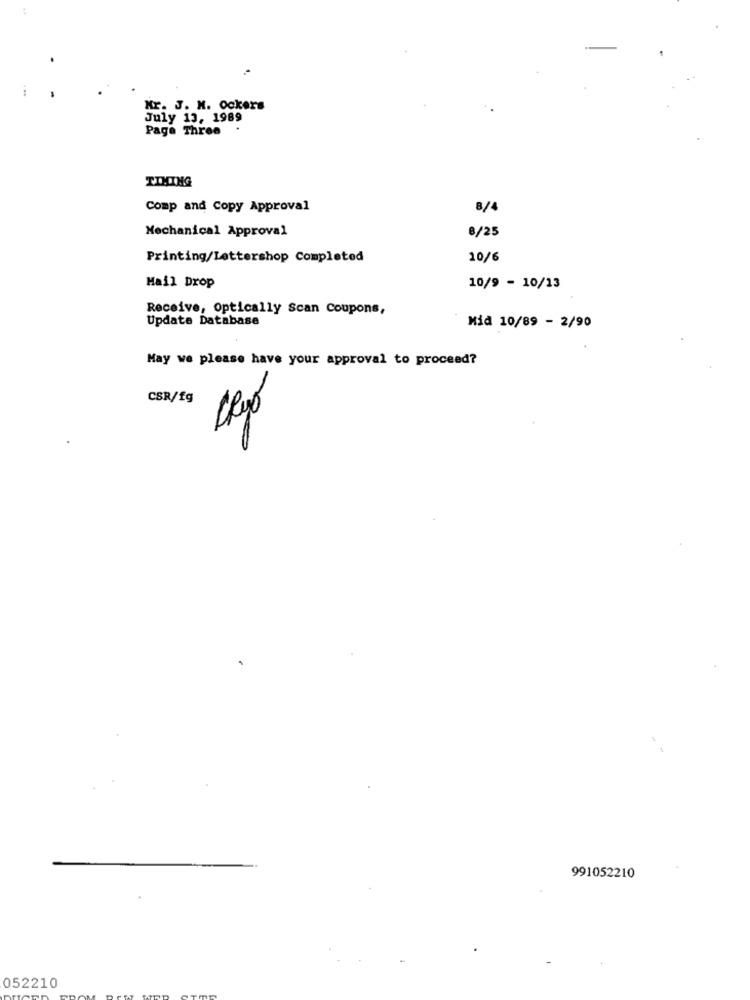
Mr. J. H. Ockers
July 13, 1989
Page Three
TIMING
Comp and Copy Approval
8/4
Mechanical Approval
8/25
Printing/Lettershop Completed
10/6
Mail Drop
10/9 - 10/13
Receive, Optically Scan Coupons,
Update Database
Mid 10/89 - 2/90
May we please have your approval to proceed?
CSR/fg
991052210
052210